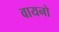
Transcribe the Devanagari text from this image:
वायनो